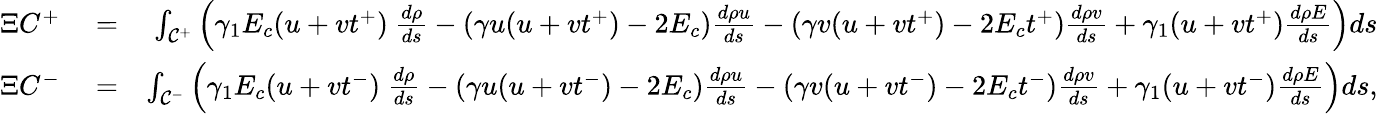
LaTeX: \begin{array}{rlr}{\Xi C^{+}}&{{}=}&{\int_{{\cal C}^{+}}\left(\gamma_{1}E_{c}(u+vt^{+})~\frac{d\rho}{ds}-(\gamma u(u+vt^{+})-2E_{c})\frac{d\rho u}{ds}-(\gamma v(u+vt^{+})-2E_{c}t^{+})\frac{d\rho v}{ds}+\gamma_{1}(u+vt^{+})\frac{d\rho E}{ds}\right)ds}\\ {\Xi C^{-}}&{{}=}&{\int_{{\cal C}^{-}}\left(\gamma_{1}E_{c}(u+vt^{-})~\frac{d\rho}{ds}-(\gamma u(u+vt^{-})-2E_{c})\frac{d\rho u}{ds}-(\gamma v(u+vt^{-})-2E_{c}t^{-})\frac{d\rho v}{ds}+\gamma_{1}(u+vt^{-})\frac{d\rho E}{ds}\right)ds,}\end{array}